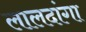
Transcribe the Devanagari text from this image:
लालदांगा